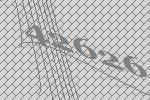
42626